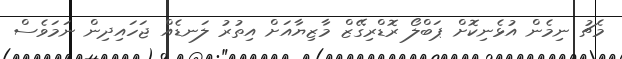
މެޗު ނިމެން އުޅެނިކޮށް ޕަބްލޯ ރޮޑްރިގޭޒް މާޒިޔާއަށް އިތުރު ލަނޑެއް ޖަހައިދިން ނަމަވެސް